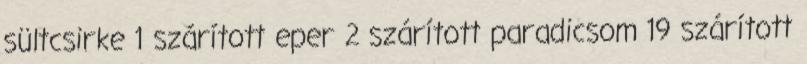
sültcsirke 1 szárított eper 2 szárított paradicsom 19 szárított